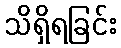
သိရှိရခြင်း